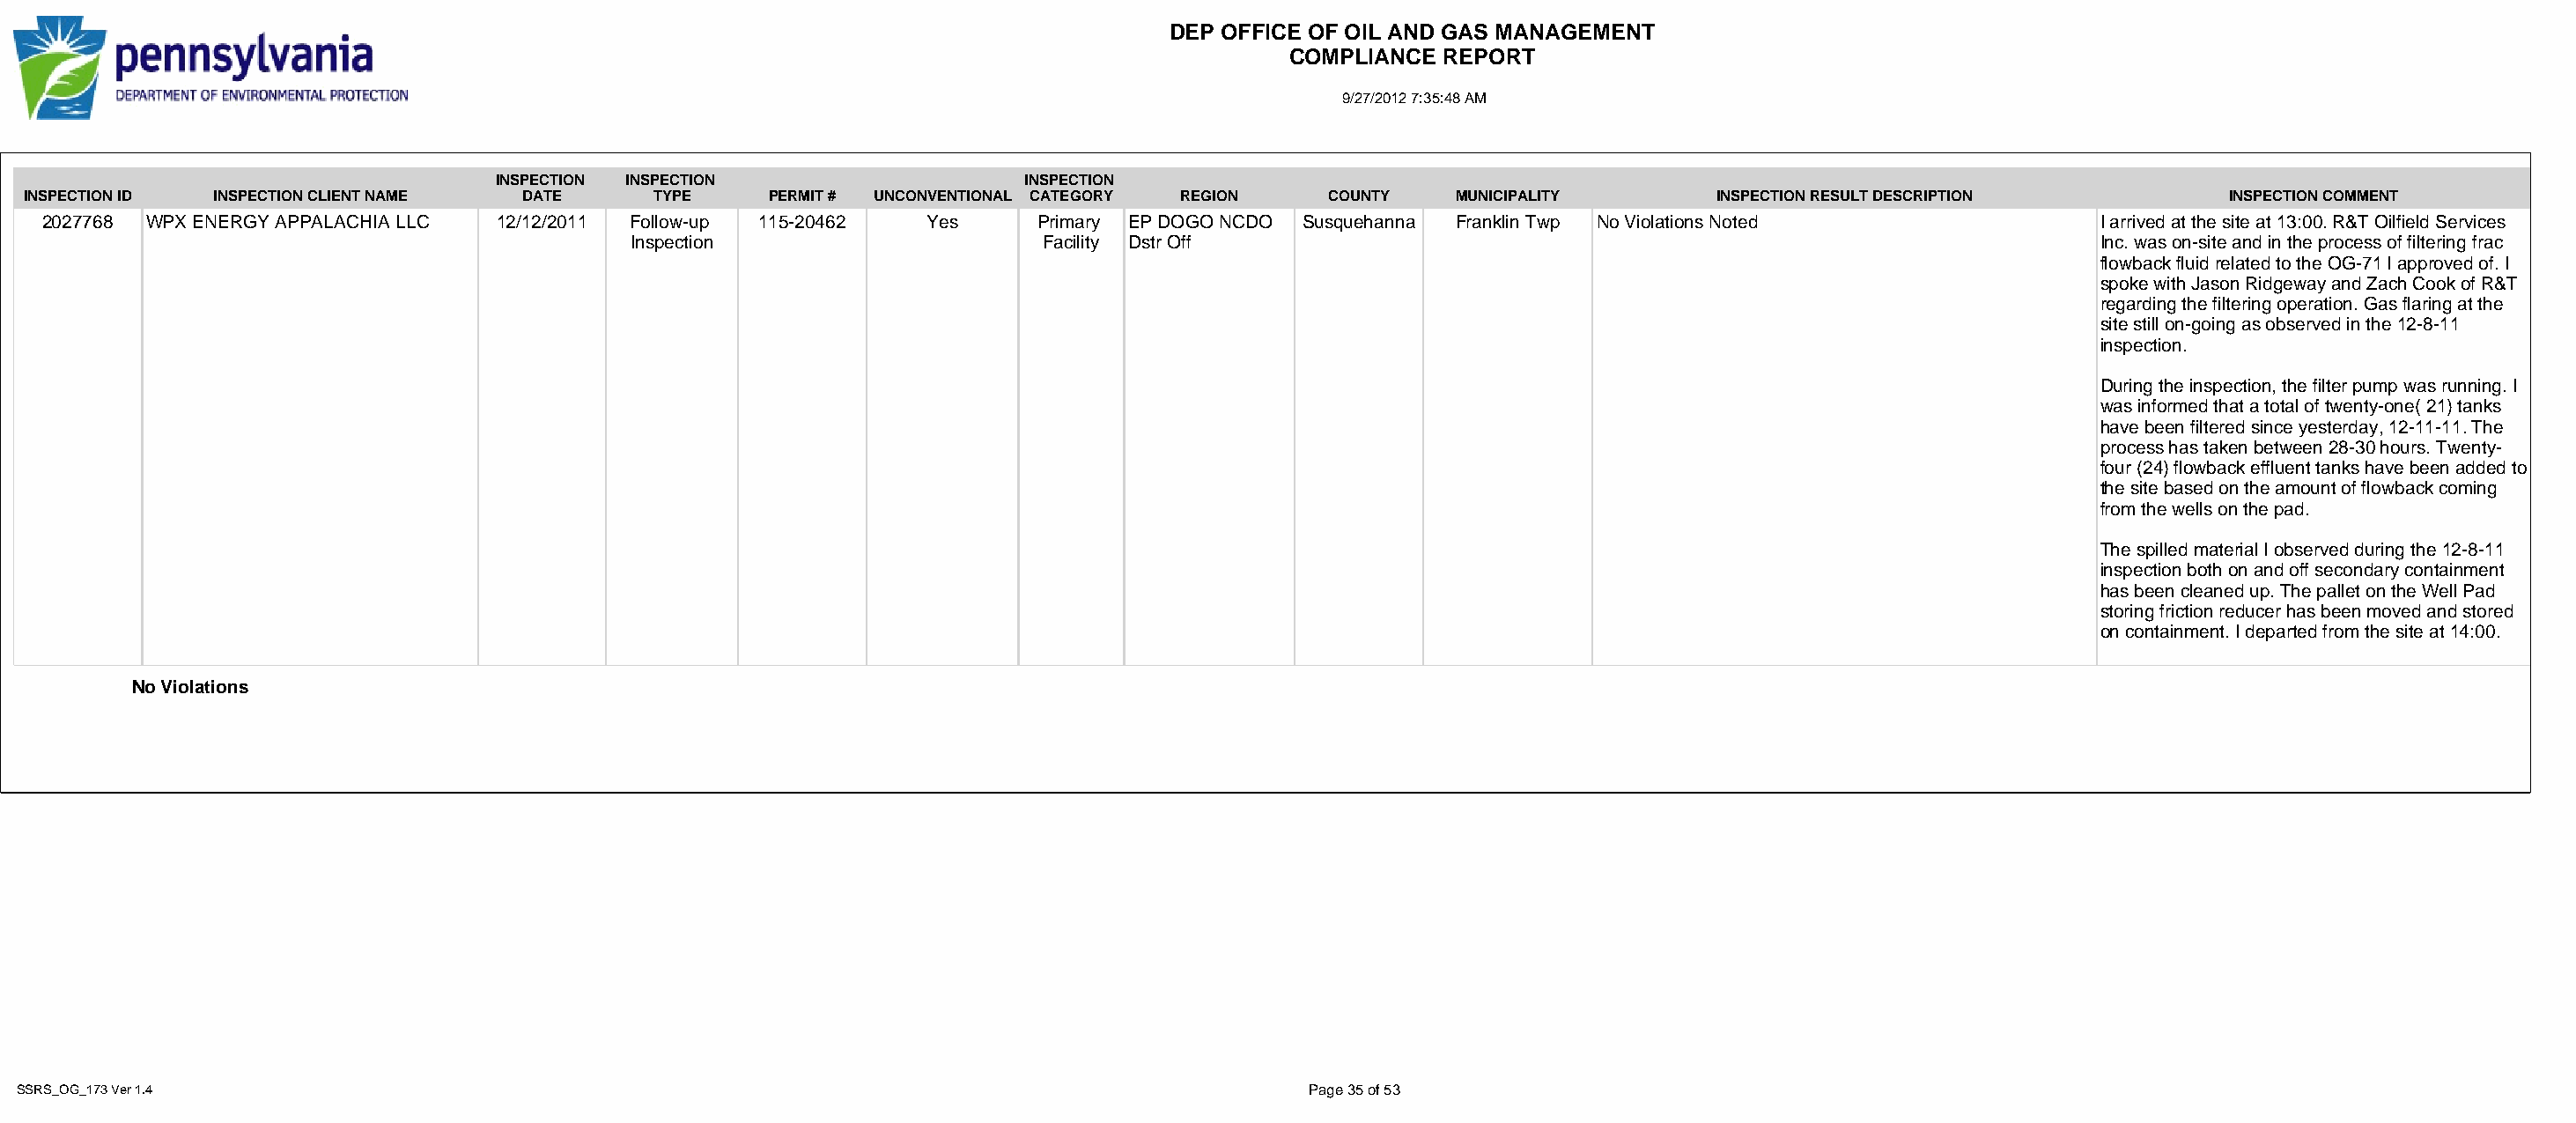
DEP OFFICE OF OIL AND GAS MANAGEMENT
 COMPLIANCE  REPORT
 9/27/2012 7:35:48 AM
 INSPECTION INSPECTION                   INSPECTION
 INSPECTION ID INSPECTION CLIENT NAME DATE      TYPE     PERMIT # UNCONVENTIONAL CATEGORY REGION   COUNTY   MUNICIPALITY        INSPECTION RESULT DESCRIPTION          INSPECTION COMMENT
 2027768 WPX ENERGY APPALACHIA LLC 12/12/2011 Follow-up 115-20462   Yes     Primary EP DOGO NCDO Susquehanna Franklin Twp No Violations Noted               I arrived at the site at 13:00. R&T Oilfield Services
 Inspection                     Facility Dstr Off                                                               Inc. was on-site and in the process of filtering frac
 flowback fluid related to the OG-71 I approved of. I
 spoke with Jason Ridgeway and Zach Cook of R&T
 regarding the filtering operation. Gas flaring at the
 site still on-going as observed in the 12-8-11
 inspection.
 During the inspection, the filter pump was running. I
 was informed that a total of twenty-one( 21) tanks
 have been filtered since yesterday, 12-11-11. The
 process has taken between 28-30 hours. Twenty-
 four (24) flowback effluent tanks have been added to
 the site based on the amount of flowback coming
 from the wells on the pad.
 The spilled material I observed during the 12-8-11
 inspection both on and off secondary containment
 has been cleaned up. The pallet on the Well Pad
 storing friction reducer has been moved and stored
 on containment. I departed from the site at 14:00.
 No Violations
 SSRS_OG_173 Ver 1.4                                                                              Page 35 of 53